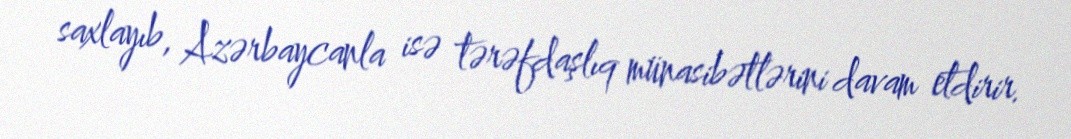
saxlayıb, Azərbaycanla isə tərəfdaşlıq münasibətlərini davam etdirir.